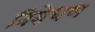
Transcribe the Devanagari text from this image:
निरोधण